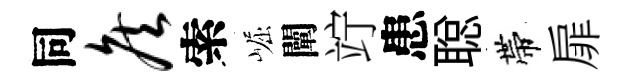
同侯索崛闡竚患聪帶扉